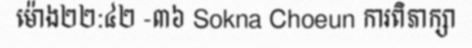
ម៉ោង២២:៤២ -៣៦ Sokna Choeun ការពិភាក្សា